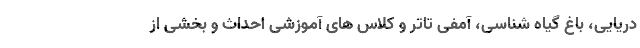
دریایی، باغ گیاه شناسی، آمفی تاتر و کلاس های آموزشی احداث و بخشی از